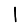
Digit: 1